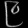
Digit: ၉